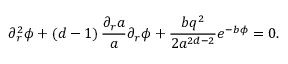
\partial _ { r } ^ { 2 } \phi + \left( d - 1 \right) \frac { \partial _ { r } a } { a } \partial _ { r } \phi + \frac { b q ^ { 2 } } { 2 a ^ { 2 d - 2 } } e ^ { - b \phi } = 0 .